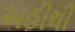
અહીથી